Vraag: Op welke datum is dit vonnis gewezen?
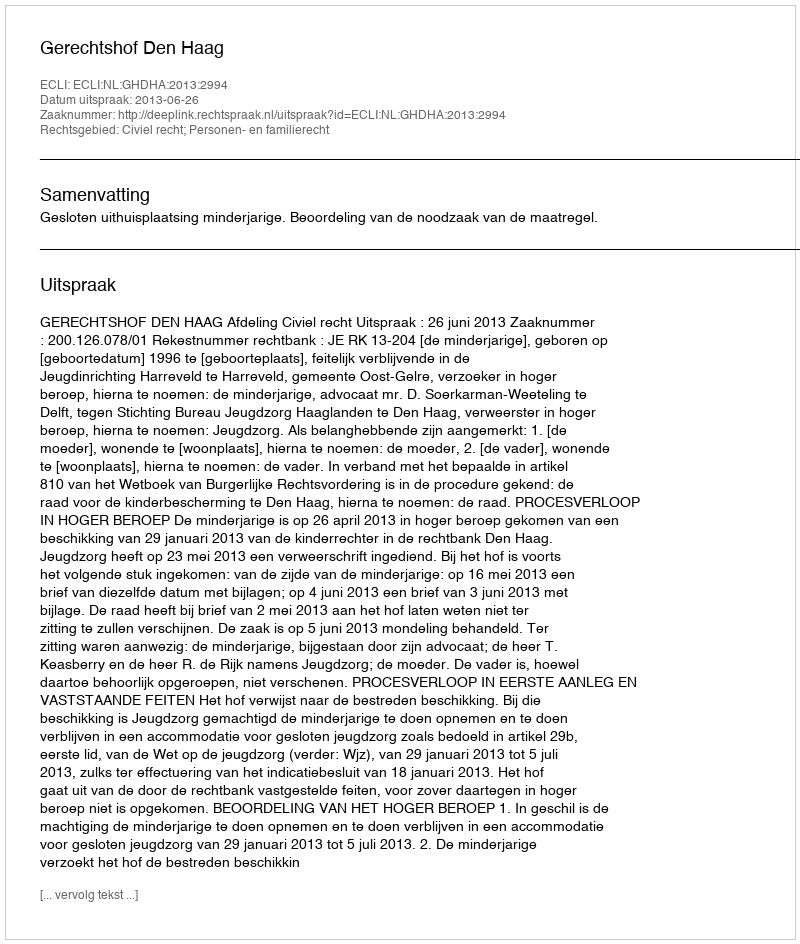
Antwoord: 2013-06-26